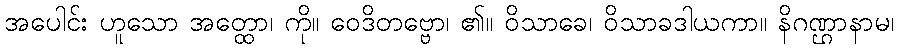
အပေါင်း ဟူသော အတ္ထော၊ ကို။ ဝေဒိတဗ္ဗော၊ ၏။ ဝိသာခေ၊ ဝိသာခဒါယကာ။ နိဂဏ္ဌာနာမ၊